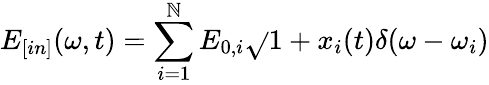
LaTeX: E_{[in]}(\omega,t)=\sum_{i=1}^{\mathbb{N}}E_{0,i}\sqrt{}{{1+x_{i}(t)}}\delta(\omega-\omega_{i})